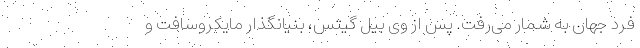
فرد جهان به شمار می‌رفت. پس از وی بیل گیتس، بنیانگذار مایکروسافت و